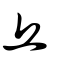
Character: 丠